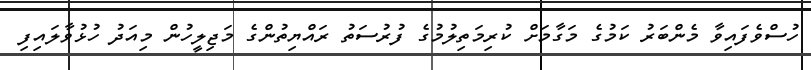
ހުސްވެފައިވާ މެންބަރު ކަމުގެ މަގާމަށް ކުރިމަތިލުމުގެ ފުރުސަތު ރައްޔިތުންގެ މަޖިލީހުން މިއަދު ހުޅުވާލައިފި